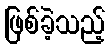
ဖြစ်ခဲ့သည့်